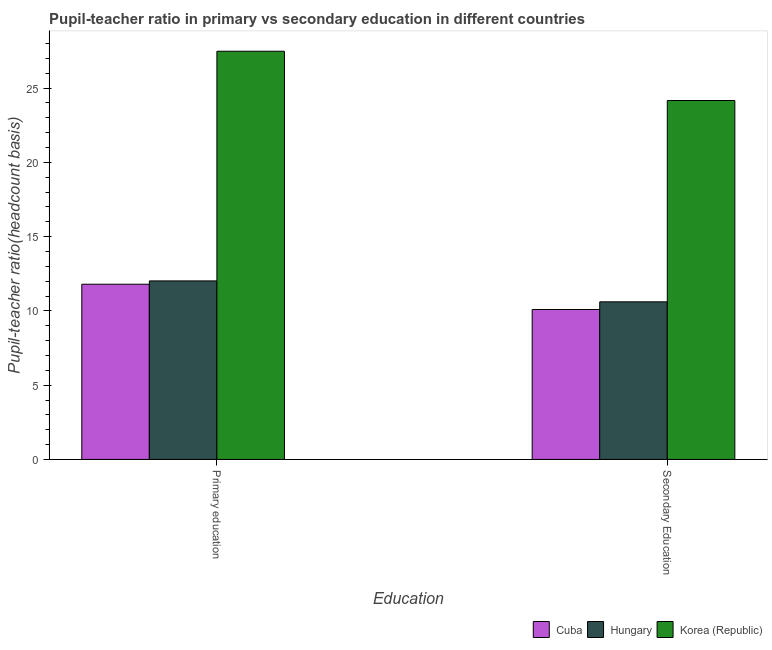
| Education | Cuba | Hungary | Korea (Republic) |
 | --- | --- | --- | --- |
 | Primary education | 11.8 | 12 | 27.5 |
 | Secondary Education | 10.1 | 10.6 | 24.2 |